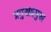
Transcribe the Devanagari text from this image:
प्रमुखप्रमुख